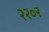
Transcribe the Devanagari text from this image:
२२०र